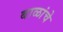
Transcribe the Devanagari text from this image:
बाळांचे